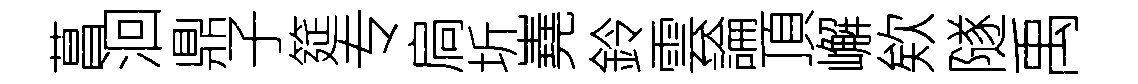
菖洄鼎子筵专扃圻嶤鈴雲論頂嶰欸隧禹